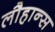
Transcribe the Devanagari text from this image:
लौहान्स